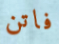
فاتن